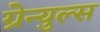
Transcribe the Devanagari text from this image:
ग्रेन्युल्स